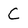
Character: C